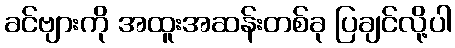
ခင်ဗျားကို အထူးအဆန်းတစ်ခု ပြချင်လို့ပါ